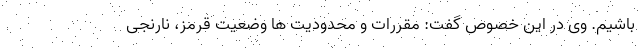
باشیم. وی در این خصوص گفت: مقررات و محدودیت ها وضعیت قرمز، نارنجی